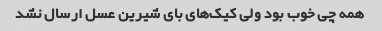
همه چی خوب بود ولی کیک‌های بای شیرین عسل ارسال نشد